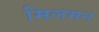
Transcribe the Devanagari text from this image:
मिलमन